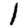
Digit: 1